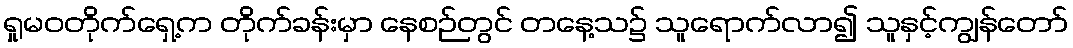
ရှုမဝတိုက်ရှေ့က တိုက်ခန်းမှာ နေစဉ်တွင် တနေ့သ၌ သူရောက်လာ၍ သူနှင့်ကျွန်တော်